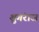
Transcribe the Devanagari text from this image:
शुगंराज